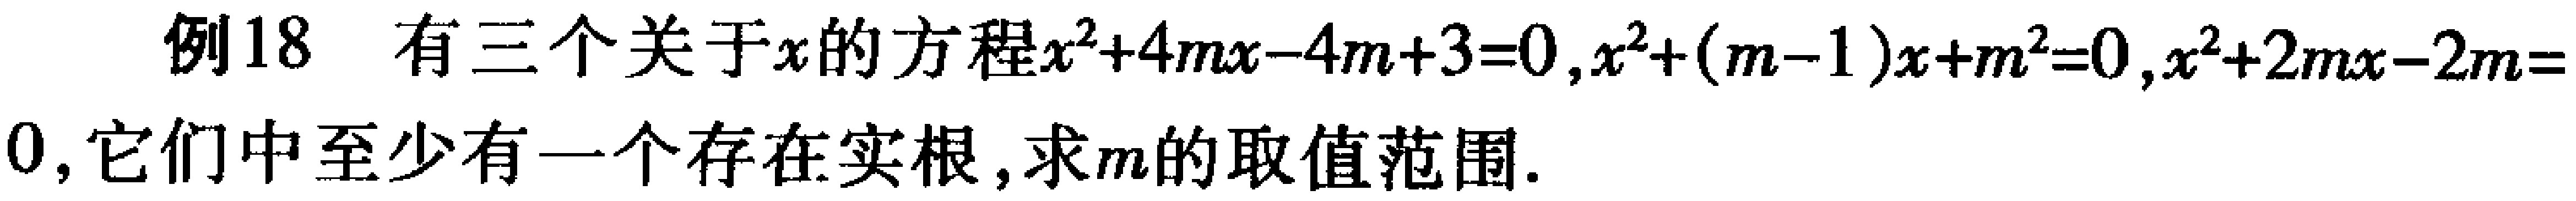
例18 有三个关于\(x\)的方程\(x^{2}+4mx - 4m + 3 = 0\)，\(x^{2}+(m - 1)x + m^{2}=0\)，\(x^{2}+2mx - 2m = 0\)，它们中至少有一个存在实根，求\(m\)的取值范围.